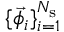
\{ \vec { \phi } _ { i } \} _ { i = 1 } ^ { N _ { \mathrm { s } } }